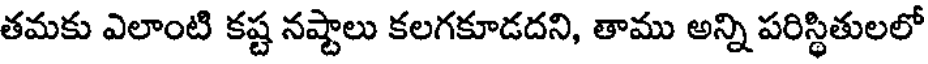
తమకు ఎలాంటి కష్ట నష్టాలు కలగకూడదని, తాము అన్ని పరిస్థితులలో